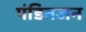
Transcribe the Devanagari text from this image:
पंडितजन